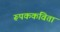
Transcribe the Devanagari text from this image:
रूपककविता